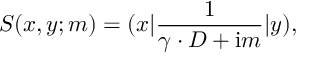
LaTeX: S ( x , y ; m ) = ( x | \frac 1 { \gamma \cdot D + \mathrm { i } m } | y ) ,